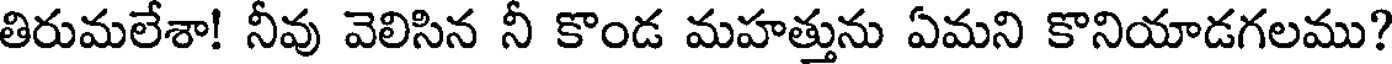
తిరుమలేశా! నీవు వెలిసిన నీ కొండ మహత్తును ఏమని కొనియాడగలము?